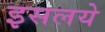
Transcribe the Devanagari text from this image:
इसलये